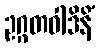
ဥဂ္ဂတဝါဒိနိံ